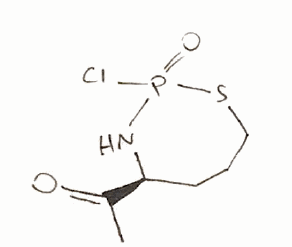
Simplified molecular-input line-entry system (SMILES) notation of the given molecule:
CC(=O)[C@@H]1CCCSP(=O)(N1)Cl